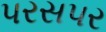
પરસપર